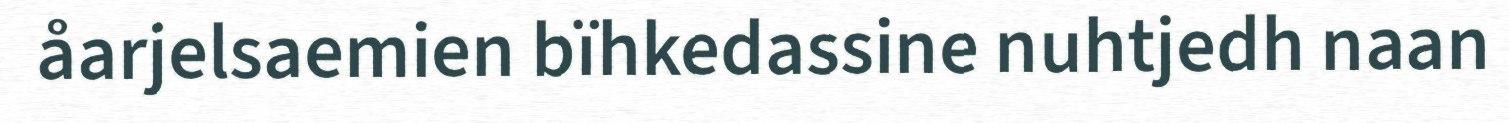
åarjelsaemien bïhkedassine nuhtjedh naan